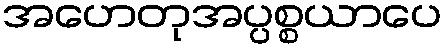
အဟေတုအပ္ပစ္စယာပေ